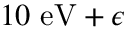
1 0 \ \mathrm { e V } + \epsilon